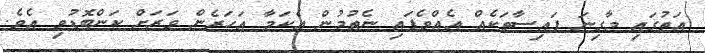
އަތުގައި މާގިނަ ފައިސާތަކެއް އެއްވެފައި ނެތުމުން އެކަމާ އަހަރެން ވަރަށް ކަންބޮޑުވި އެވެ.